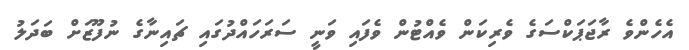
އެހެންވެ ރާޖަޕަކްސަގެ ވެރިކަން ވެއްޓުން ވެފައި ވަނީ ސަރަހައްދުގައި ޗައިނާގެ ނުފޫޒަށް ބަދަލު